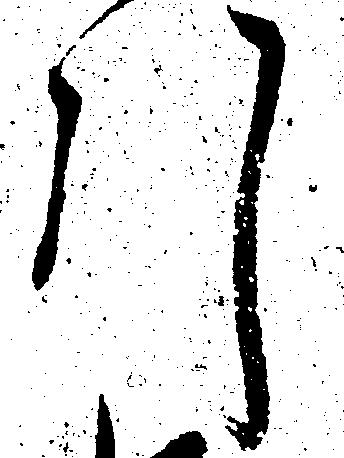
引